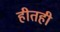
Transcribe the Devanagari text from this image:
हीतही